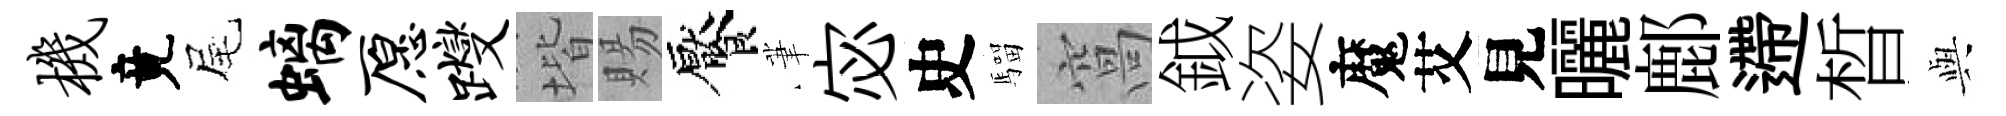
机竟尾螭愿躞堦賜饜茟宓史騮窩鉞姿魔艾見曬鄜遰晳𫤰